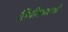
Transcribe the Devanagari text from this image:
लिपीशास्त्राची